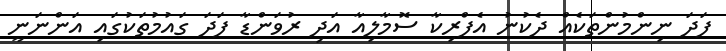
ފަދަ ނިންމުންތަކެއް ދެކުނު އެފްރިކާ ސޮމާލިއާ އަދި ރުވަންޑާ ފަދަ ގައުމުތަކުގައި އަންނަނީ